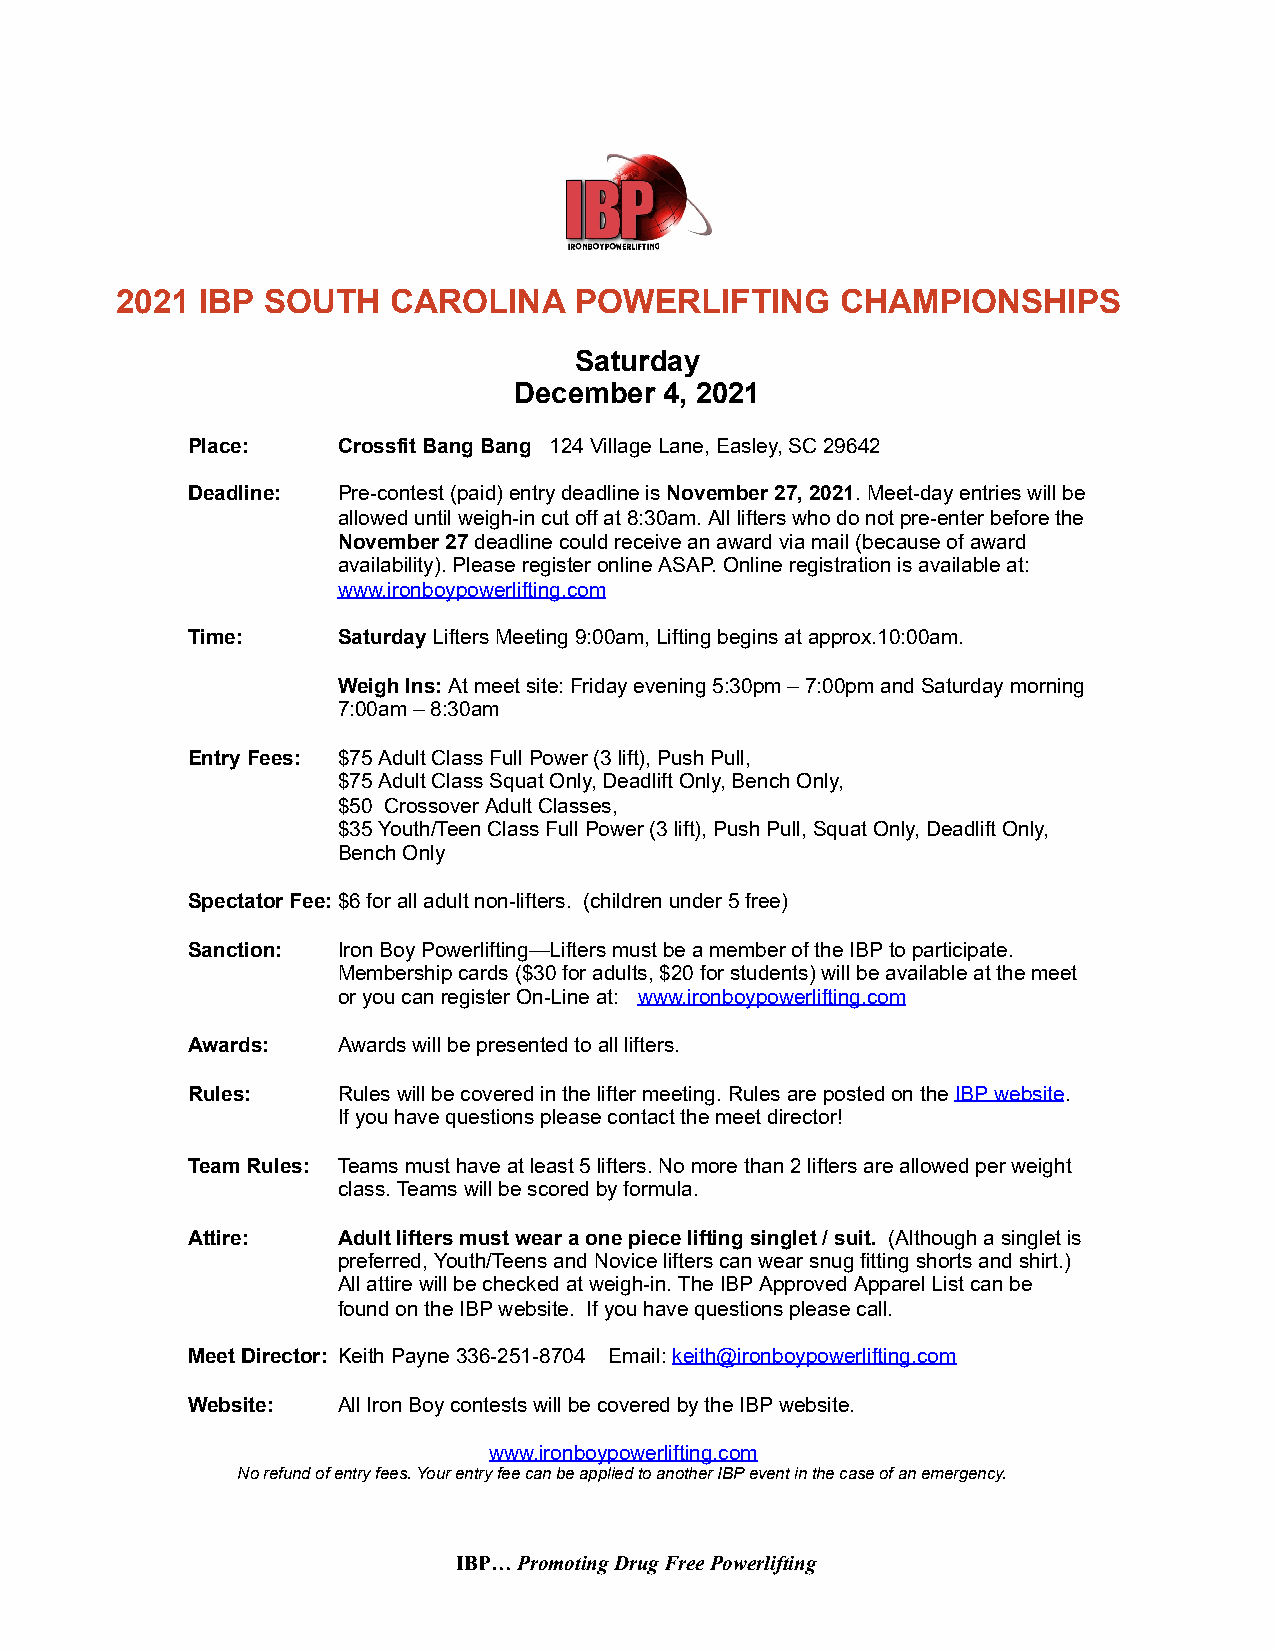
2021 IBP SOUTH    CAROLINA    POWERLIFTING      CHAMPIONSHIPS
 Saturday
 December  4, 2021
 Place:    Crossfit Bang Bang 124 Village Lane, Easley, SC 29642
 Deadline: Pre-contest (paid) entry deadline is N ovember 27, 2021. M eet-day entries will be
 allowed until weigh-in cut off at 8:30am. All lifters who do not pre-enter before the
 November 27 deadline could receive an award via mail (because of award
 availability). Please register online ASAP. Online registration is available at:
 www.ironboypowerlifting.com
 Time:     Saturday L ifters Meeting 9:00am, Lifting begins at approx.10:00am.
 Weigh Ins: A t meet site: F riday evening 5:30pm – 7:00pm and Saturday morning
 7:00am – 8:30am
 Entry Fees: $75 Adult Class Full Power (3 lift), Push Pull,
 $75 Adult Class Squat Only, Deadlift Only, Bench Only,
 $50 Crossover Adult Classes,
 $35 Youth/Teen Class Full Power ( 3 lift), Push Pull, Squat Only, Deadlift Only,
 Bench Only
 Spectator Fee: $6 for all adult non-lifters. (children under 5 free)
 Sanction: Iron Boy Powerlifting—Lifters must be a member of the IBP to participate.
 Membership cards ($30 for adults, $20 for students) will be available at the meet
 or you can register On-Line at: www.ironboypowerlifting.com
 Awards:   Awards will be presented to all lifters.
 Rules:    Rules will be covered in the lifter meeting. Rules are posted on the I BP website.
 If you have questions please contact the meet director!
 Team Rules: Teams must have at least 5 lifters. No more than 2 lifters are allowed per weight
 class. Teams will be scored by formula.
 Attire:   Adult lifters must wear a one piece lifting singlet / suit. (Although a singlet is
 preferred, Youth/Teens and Novice lifters can wear snug fitting shorts and shirt.)
 All attire will be checked at weigh-in. The IBP Approved Apparel List can be
 found on the IBP website. If you have questions please call.
 Meet Director: Keith Payne 336-251-8704 Email: k eith@ironboypowerlifting.com
 Website:  All Iron Boy contests will be covered by the IBP website.
 www.ironboypowerlifting.com
 No refund of entry fees. Your entry fee can be applied to another IBP event in the case of an emergency.
 IBP… P romoting Drug Free Powerlifting